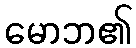
မောဘ၏